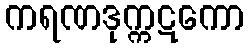
ကရဏဒုက္ကဋကော